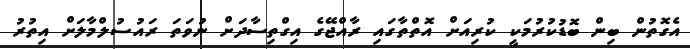
އެގޮތުން ބިން ބޮޑުކުރުމަކީ ކުރިއަށް އޮތްތާގައި ރާއްޖޭގެ އިގްތިސާދަށް ނުވަތަ ރައުސުލްމާލަށް އިތުރު